Lunatic asylums in Bengal annual reports 1912-1924 - 1912-1924
Year: 1912
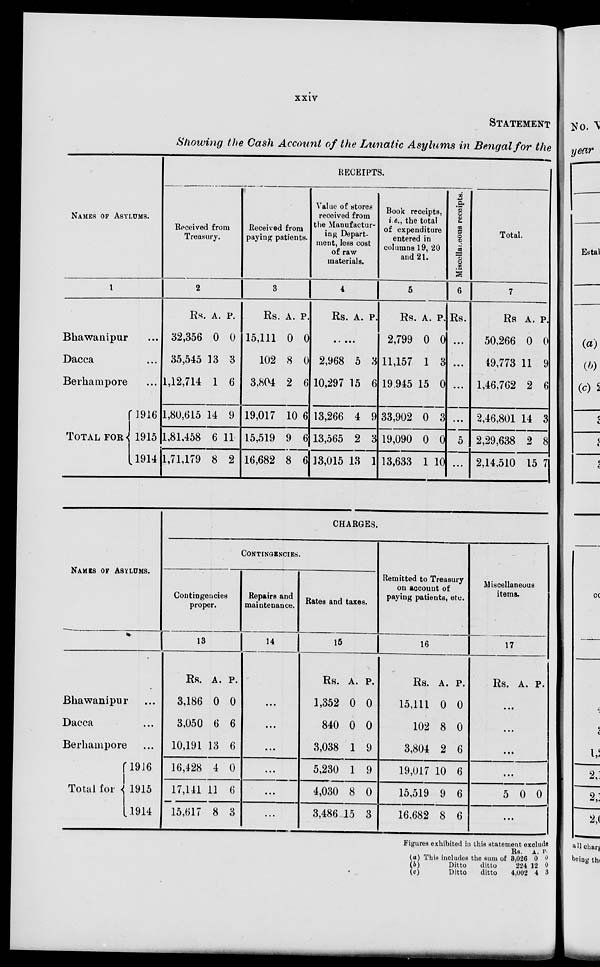
xxiv
STATEMENT
Showing the Cash Account of the Lunatic Asylums in Bengal for the
NAMES OF ASYLUMS.
1
Bhawanipur ...
Dacca ...
Berhampore ...
TOTAL FOR
1916
1915
1914
RECEIPTS.
Received from
Treasury.
2
Rs.
32,356
35,545
1,12,714
1,80,615
1,81,458
1,71,179
A.
0
13
1
14
6
8
P.
0
3
6
9
11
2
Received from
paying patients.
3
Rs.
15,111
102
3,804
19,017
15,519
16,682
A.
0
8
2
10
9
8
P.
0
0
6
6
6
6
Value of stores
received from
the Manufactur-
ing Depart-
ment, less cost
of raw
materials.
4
Rs. A. P.
......
2,968
10,297
13,266
13,565
13,015
5
15
4
2
13
3
6
9
3
1
Book receipts,
i.e., the total
of expenditure
entered in
columns 19, 20
and 21.
5
Rs.
2,799
11,157
19,945
33,902
19,090
13,633
A.
0
1
15
0
0
1
P.
0
3
0
3
0
10
Miscellaneous receipts.
6
Rs.
...
...
...
...
5
...
Total.
7
Rs.
50,266
49,773
1,46,762
2,46,801
2,29,638
2,14,510
A.
0
11
2
14
2
15
P.
0
9
6
3
8
7
NAMES OF ASYLUMS.
Bhawanipur ...
Dacca ...
Berhampore ...
Total for
1916
1915
1914
CHARGES.
CONTINGENCIES.
Contingencies
proper.
13
Rs.
3,186
3,050
10,191
16,428
17,141
15,617
A.
0
6
13
4
11
8
P.
0
6
6
0
6
3
Repairs and
maintenance.
14
...
...
...
...
...
...
Rates and taxes.
15
Rs.
1,352
840
3,038
5,230
4,030
3,486
A.
0
0
1
1
8
15
P.
0
0
9
9
0
3
Remitted to Treasury
on account of
paying patients, etc.
16
Rs.
15,111
102
3,804
19,017
15,519
16,682
A.
0
8
2
10
9
8
P.
0
0
6
6
6
6
Miscellaneous
items.
17
Rs. A. P.
...
...
...
...
5 0 0
...
Figures exhibited in this statement exclude
(a) This includes the sum of
(b)
Ditto
ditto
(c)
Ditto
ditto
Rs.
3,026
224
4,002
A.
0
12
4
P.
0
0
3